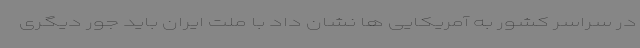
در سراسر کشور به آمریکایی ها نشان داد با ملت ایران باید جور دیگری